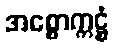
အစ္စောက္ကဋ္ဌံ